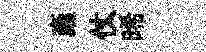
稾仗晞